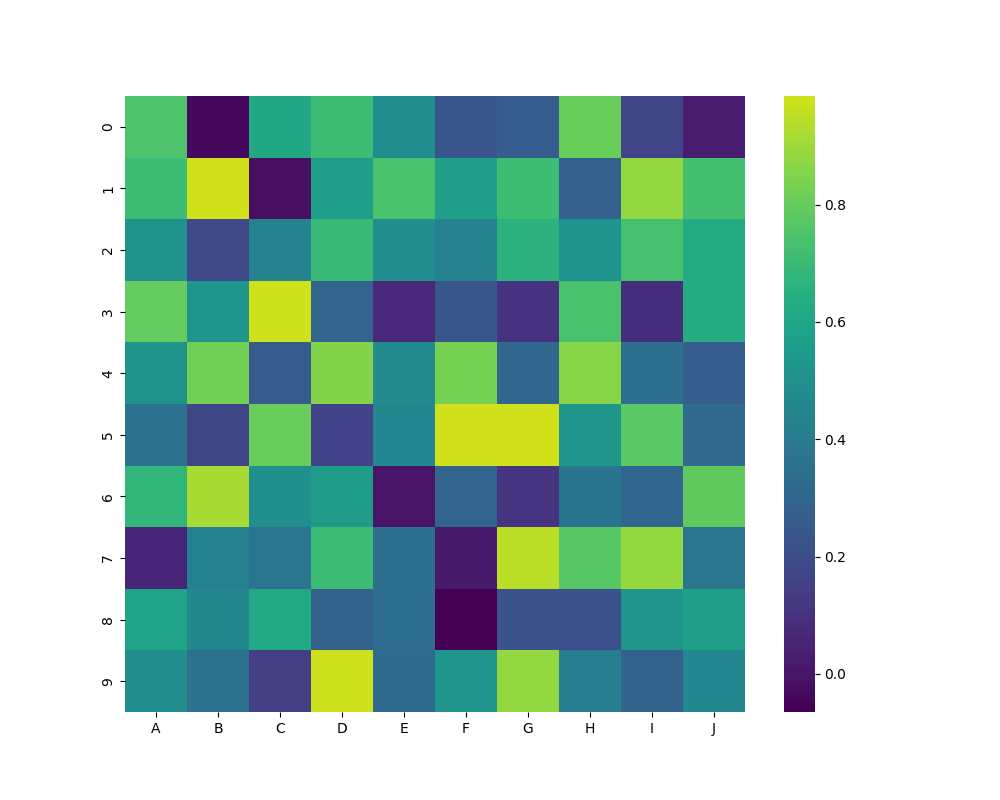
python, seaborn, heatmap, cmap='viridis', linewidths=0.0, center=0.5